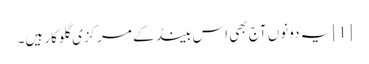
[1] یہ دونوں آج بھی اس بینڈ کے مرکزی گلوکار ہیں۔